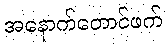
အနောက်တောင်ဖက်